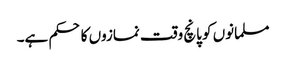
مسلمانوں کو پانچ وقت نمازوں کا حکم ہے۔